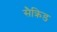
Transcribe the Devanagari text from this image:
सैक्रिड